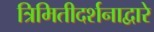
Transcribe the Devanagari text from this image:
त्रिमितीदर्शनाद्वारे